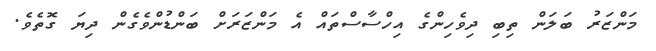
މަންޒަރު ބަލަން ތިބި ދިވެހިންގެ އިހްސާސްތައް އެ މަންޒަރަށް ބަންޑުންވެގެން ދިޔަ ގޮތެވެ.